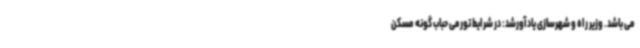
می باشد. وزیر راه و شهرسازی یادآورشد: در شرایط تورمی حباب گونه مسکن